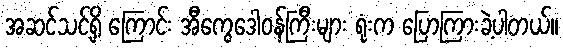
အဆင်သင့်ရှိ ကြောင်း အီကွေဒေါဝန်ကြီးများ ရုံးက ပြောကြားခဲ့ပါတယ်။